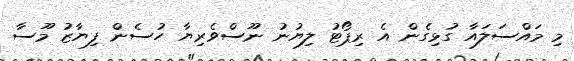
މި މައްސަލައާ ގުޅިގެން އެ ރިޕޯޓު ލިޔުނު ނޫސްވެރިޔާ ހުސެން ފިޔާޒު މޫސާ